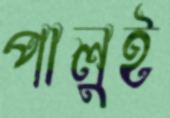
পালুই